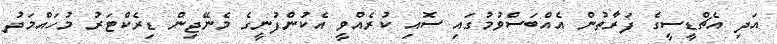
އަދި އެޗްޑީސީގެ ފަރާތުން އެއްބަސްވުމުގައި ސޮއި ކުރެއްވީ އެކުންފުނީގެ މެނޭޖިން ޑިރެކްޓަރު މުހައްމަދު